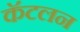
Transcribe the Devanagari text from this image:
कॅटलन